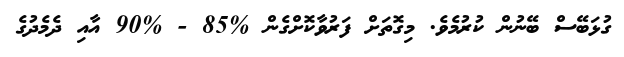
ގުޅަބޭސް ބޭނުން ކުރުމެވެ. މިގޮތަށް ފަރުވާކޮށްގެން %85 - %90 އާއި ދެމެދުގެ